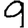
Digit: 9